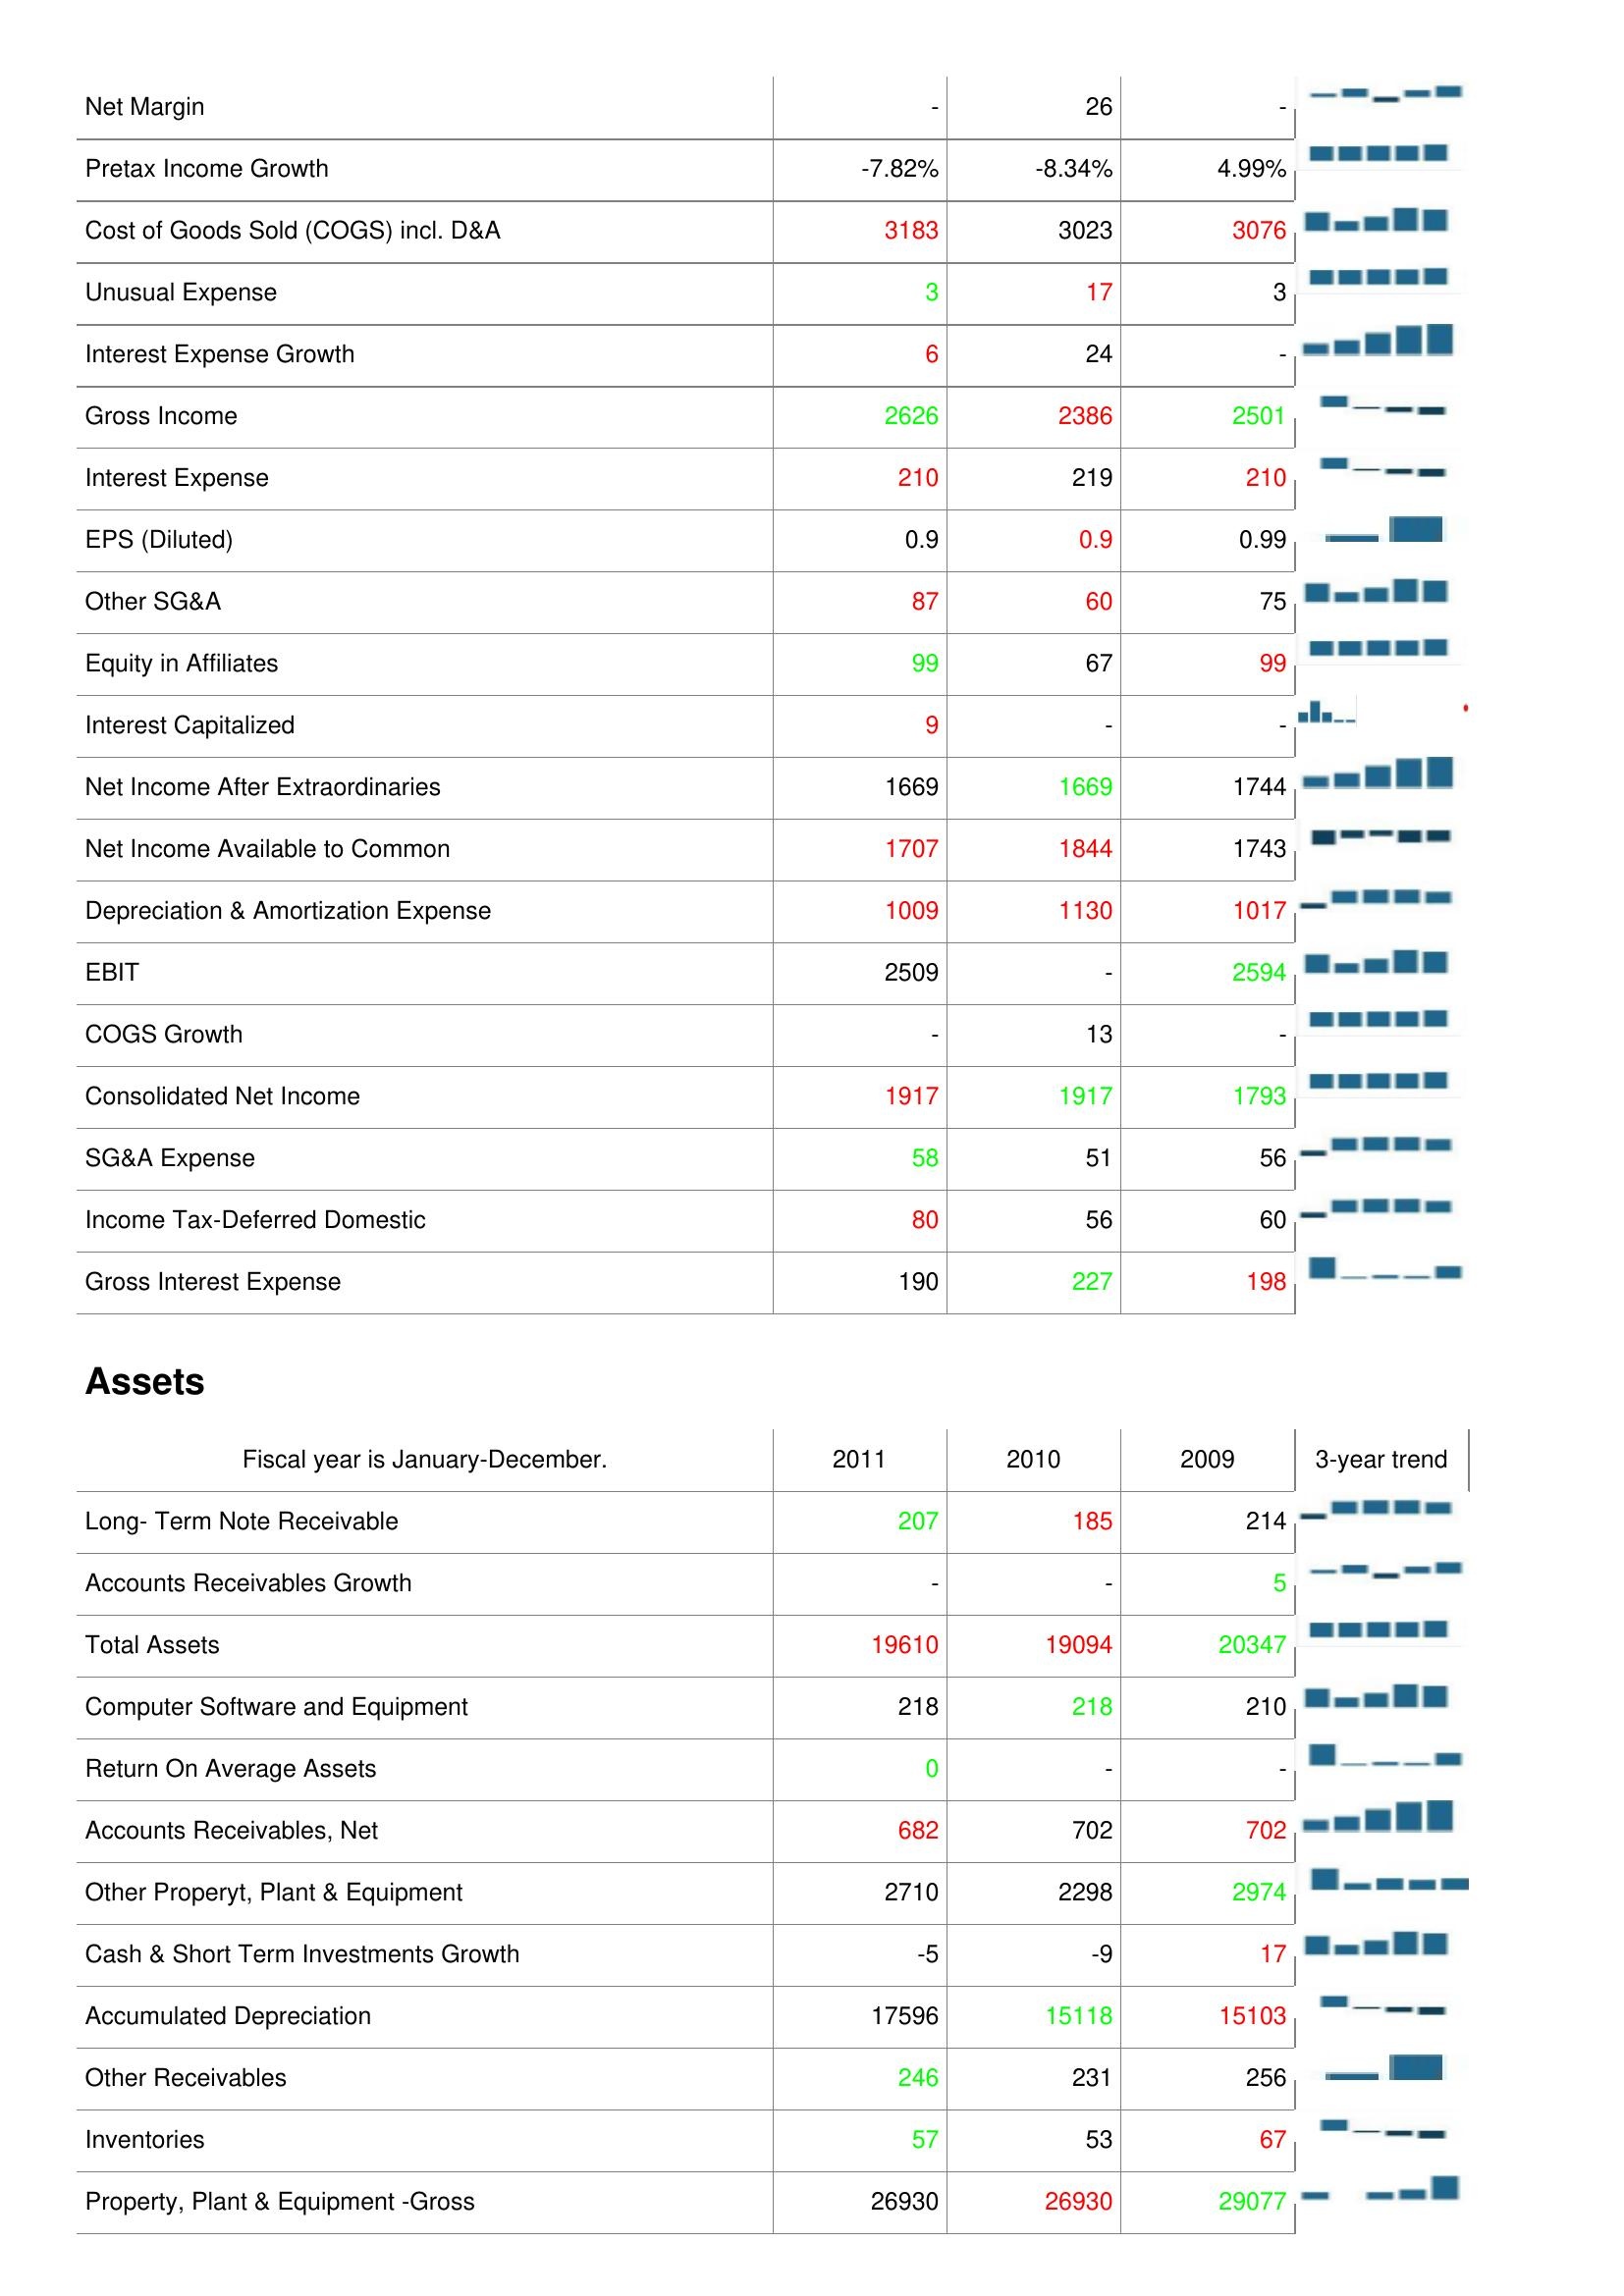
2011: : Net Margin: -
Pretax Income Growth: -7.82%
Cost of Goods Sold (COGS) incl. D&A: 3183
Unusual Expense: 3
Interest Expense Growth: 6
Gross Income: 2626
Interest Expense: 210
EPS (Diluted): 0.9
Other SG&A: 87
Equity in Affiliates: 99
Interest Capitalized: 9
Net Income After Extraordinaries: 1669
Net Income Available to Common: 1707
Depreciation & Amortization Expense: 1009
EBIT: 2509
COGS Growth: -
Consolidated Net Income: 1917
SG&A Expense: 58
Income Tax-Deferred Domestic: 80
Gross Interest Expense: 190
Assets: Long- Term Note Receivable: 207
Accounts Receivables Growth: -
Total Assets: 19610
Computer Software and Equipment: 218
Return On Average Assets: 0
Accounts Receivables, Net: 682
Other Properyt, Plant & Equipment: 2710
Cash & Short Term Investments Growth: -5
Accumulated Depreciation: 17596
Other Receivables: 246
Inventories: 57
Property, Plant & Equipment -Gross: 26930
2010: : Net Margin: 26
Pretax Income Growth: -8.34%
Cost of Goods Sold (COGS) incl. D&A: 3023
Unusual Expense: 17
Interest Expense Growth: 24
Gross Income: 2386
Interest Expense: 219
EPS (Diluted): 0.9
Other SG&A: 60
Equity in Affiliates: 67
Interest Capitalized: -
Net Income After Extraordinaries: 1669
Net Income Available to Common: 1844
Depreciation & Amortization Expense: 1130
EBIT: -
COGS Growth: 13
Consolidated Net Income: 1917
SG&A Expense: 51
Income Tax-Deferred Domestic: 56
Gross Interest Expense: 227
Assets: Long- Term Note Receivable: 185
Accounts Receivables Growth: -
Total Assets: 19094
Computer Software and Equipment: 218
Return On Average Assets: -
Accounts Receivables, Net: 702
Other Properyt, Plant & Equipment: 2298
Cash & Short Term Investments Growth: -9
Accumulated Depreciation: 15118
Other Receivables: 231
Inventories: 53
Property, Plant & Equipment -Gross: 26930
2009: : Net Margin: -
Pretax Income Growth: 4.99%
Cost of Goods Sold (COGS) incl. D&A: 3076
Unusual Expense: 3
Interest Expense Growth: -
Gross Income: 2501
Interest Expense: 210
EPS (Diluted): 0.99
Other SG&A: 75
Equity in Affiliates: 99
Interest Capitalized: -
Net Income After Extraordinaries: 1744
Net Income Available to Common: 1743
Depreciation & Amortization Expense: 1017
EBIT: 2594
COGS Growth: -
Consolidated Net Income: 1793
SG&A Expense: 56
Income Tax-Deferred Domestic: 60
Gross Interest Expense: 198
Assets: Long- Term Note Receivable: 214
Accounts Receivables Growth: 5
Total Assets: 20347
Computer Software and Equipment: 210
Return On Average Assets: -
Accounts Receivables, Net: 702
Other Properyt, Plant & Equipment: 2974
Cash & Short Term Investments Growth: 17
Accumulated Depreciation: 15103
Other Receivables: 256
Inventories: 67
Property, Plant & Equipment -Gross: 29077